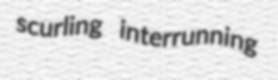
scurling interrunning